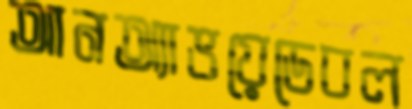
আনঅ্যাভয়েডেবল